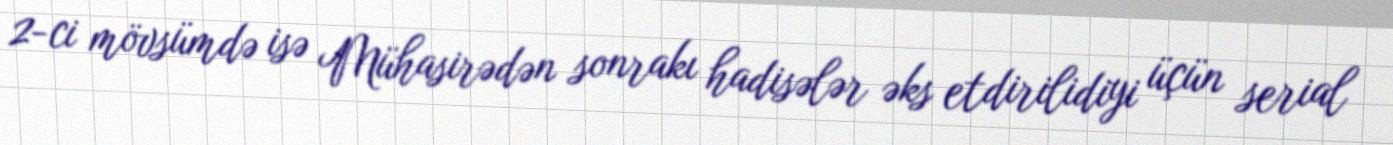
2-ci mövsümdə isə Mühasirədən sonrakı hadisələr əks etdirilidiyi üçün serial